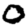
Digit: 0